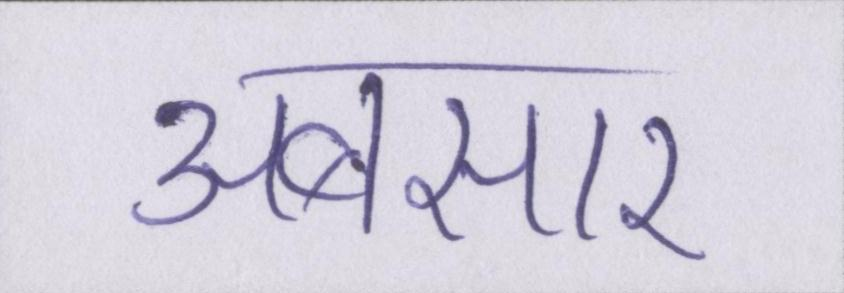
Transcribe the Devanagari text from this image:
अबसार